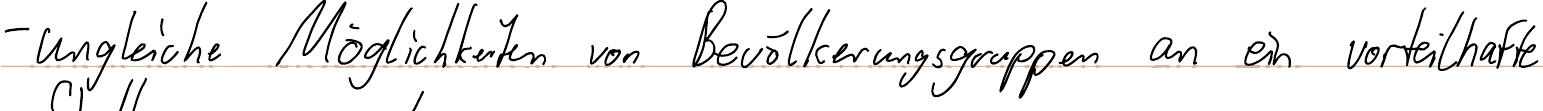
- ungleiche Möglichkeiten von Bevölkerungsgruppen an ein vorteilhafte